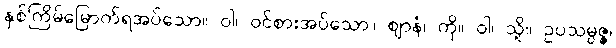
နှစ်ကြိမ်မြောက်ရအပ်သော။ ဝါ၊ ဝင်စားအပ်သော။ ဈာနံ၊ ကို။ ဝါ၊ သို့။ ဥပသမ္ပဇ္ဇ၊